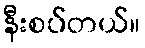
နီးစပ်တယ်။